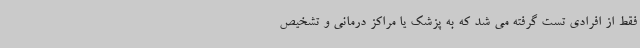
فقط از افرادی تست گرفته می شد که به پزشک یا مراکز درمانی و تشخیص